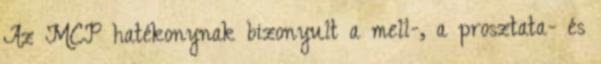
Az MCP hatékonynak bizonyult a mell-, a prosztata- és